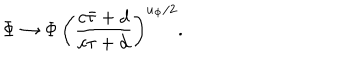
LaTeX: { \Phi \to \Phi \, \left( { \frac { c \bar { \tau } + d } { c \tau + d } } \right) ^ { u _ { \Phi } / 2 } . }